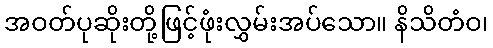
အဝတ်ပုဆိုးတို့ဖြင့်ဖုံးလွှမ်းအပ်သော။ နိသိတံဝ၊